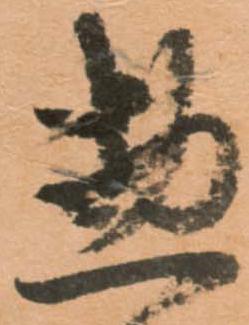
惣